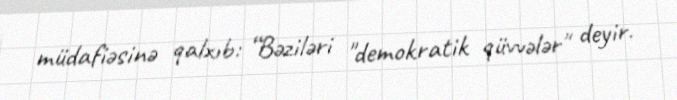
müdafiəsinə qalxıb: “Bəziləri "demokratik qüvvələr" deyir.